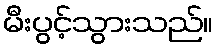
မီးပွင့်သွားသည်။